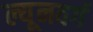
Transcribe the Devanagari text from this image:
ल्यूनवर्ग